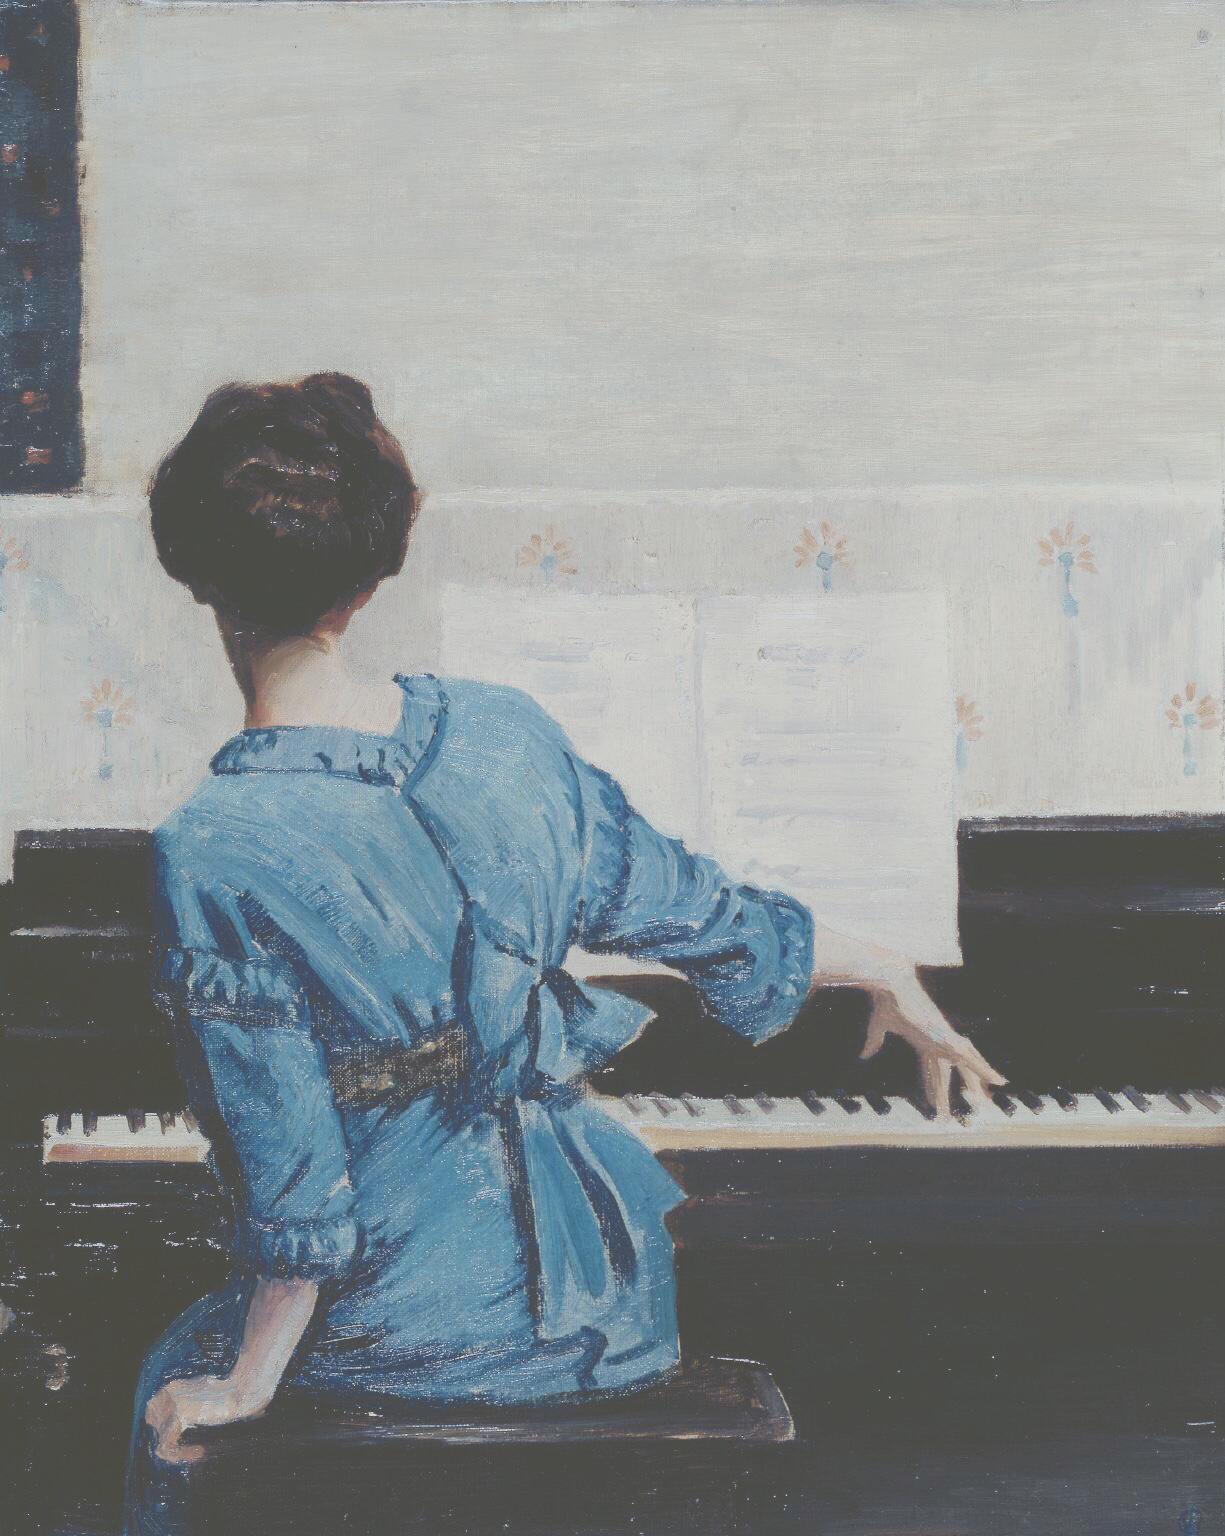
翠叶吹凉，玉容消酒，更洒菇蒲雨。